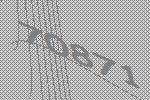
70871